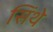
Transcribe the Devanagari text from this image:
सिंथे